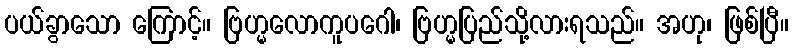
ပယ်ခွာသော ကြောင့်။ ဗြဟ္မလောကူပဂေါ၊ ဗြဟ္မပြည်သို့လားရသည်။ အဟု၊ ဖြစ်ပြီ။